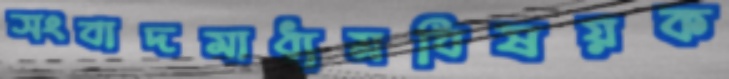
সংবাদমাধ্যমবিষয়ক